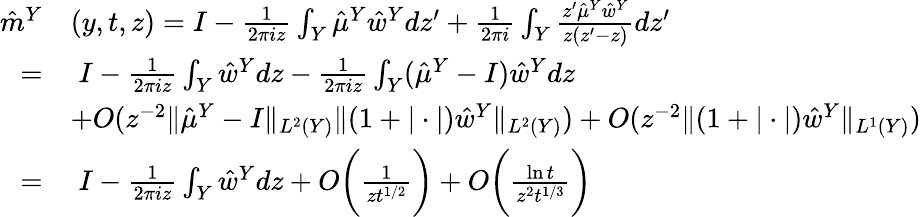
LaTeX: \begin{array}{rl}{\hat{m}^{Y}}&{(y,t,z)=I-\frac{1}{2\pi iz}\int_{Y}\hat{\mu}^{Y}\hat{w}^{Y}dz^{\prime}+\frac{1}{2\pi i}\int_{Y}\frac{z^{\prime}\hat{\mu}^{Y}\hat{w}^{Y}}{z(z^{\prime}-z)}dz^{\prime}}\\ {=}&{\; I-\frac{1}{2\pi iz}\int_{Y}\hat{w}^{Y}dz-\frac{1}{2\pi iz}\int_{Y}(\hat{\mu}^{Y}-I)\hat{w}^{Y}dz}\\ &{+O(z^{-2}\| \hat{\mu}^{Y}-I\| _{L^{2}(Y)}\| (1+|\cdot|)\hat{w}^{Y}\| _{L^{2}(Y)})+O(z^{-2}\| (1+|\cdot|)\hat{w}^{Y}\| _{L^{1}(Y)})}\\ {=}&{\; I-\frac{1}{2\pi iz}\int_{Y}\hat{w}^{Y}dz+O\bigg(\frac{1}{zt^{1/2}}\bigg)+O\bigg(\frac{\ln t}{z^{2}t^{1/3}}\bigg)}\end{array}